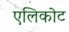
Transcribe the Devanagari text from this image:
एलिकोट